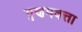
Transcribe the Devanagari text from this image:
गुणमवत्ता